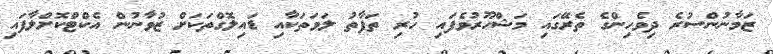
ޒަމާނުންސުރެ ދިވެހިންގެ ތެރޭގައި މަޝްހޫރުވެފައި ހުރި ތަފާތު ލަވަތަކާއި ޑައިލޮގްތަކަށް ޒުވާނުން އެކްޓްކޮށްލާފައި